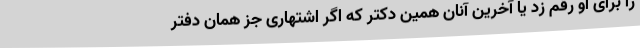
را برای او رقم زد یا آخرین آنان همین دکتر که اگر اشتهاری جز همان دفتر